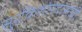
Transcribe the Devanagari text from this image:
सुरकिशोरदासजी